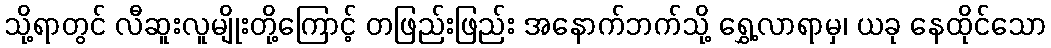
သို့ရာတွင် လီဆူးလူမျိုးတို့ကြောင့် တဖြည်းဖြည်း အနောက်ဘက်သို့ ရွှေ့လာရာမှ၊ ယခု နေထိုင်သော